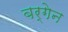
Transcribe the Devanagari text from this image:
बर्गेन